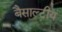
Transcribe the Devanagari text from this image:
बैसाल्टीय